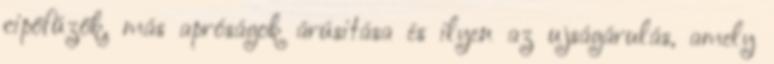
cipőfűzők, más apróságok árúsitása és ilyen az ujságárulás, amely